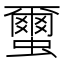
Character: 蠒